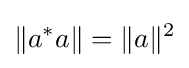
\|a^{*}a\|=\|a\|^{2}